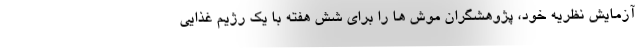
آزمایش نظریه خود، پژوهشگران موش ها را برای شش هفته با یک رژیم غذایی